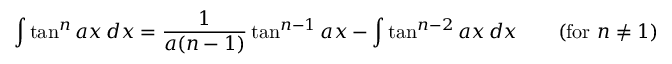
\int \tan ^ { n } a x \, d x = { \frac { 1 } { a ( n - 1 ) } } \tan ^ { n - 1 } a x - \int \tan ^ { n - 2 } a x \, d x \qquad { \mathrm { ( f o r ~ } } n \neq 1 { \mathrm { ) } }